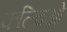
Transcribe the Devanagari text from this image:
कल्चिओ